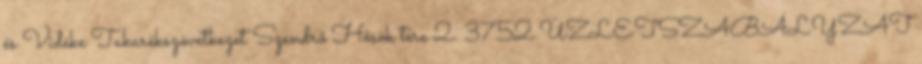
és Vidéke Takarékszövetkezet Szendrő Hősök tere 2. 3752 ÜZLETSZABÁLYZAT